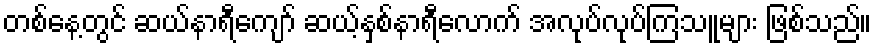
တစ်နေ့တွင် ဆယ်နာရီကျော် ဆယ့်နှစ်နာရီလောက် အလုပ်လုပ်ကြသူများ ဖြစ်သည်။